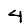
Digit: 4